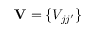
\mathbf { V } = \{ V _ { j j ^ { \prime } } \}